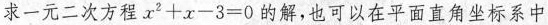
求一元二次方程 $$x ^ { 2 } + x - 3 = 0$$ 的解，也可以在平面直角坐标系中